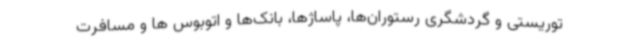
توریستی و گردشگری رستوران‌ها، پاساژها، بانک‌ها و اتوبوس ها و مسافرت